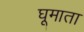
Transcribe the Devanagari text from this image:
घूमाता